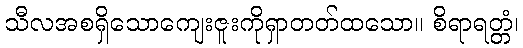
သီလအစရှိသောကျေးဇူးကိုရှာတတ်ထသော။ စိရာရတ္တံ၊